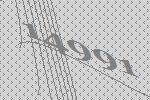
14991